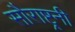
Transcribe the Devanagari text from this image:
सौराष्ट्रनी